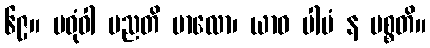
၆၉။ မဓုံဝါ မညတိ ဗာလော၊ ယာဝ ပါပံ န ပစ္စတိ။